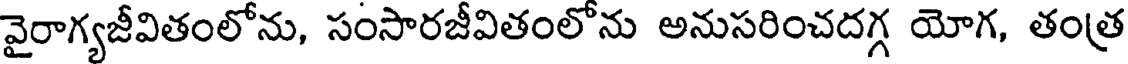
వైరాగ్యజీవితంలోను, సంసారజీవితంలోను అనుసరించదగ్గ యోగ, తంత్ర